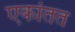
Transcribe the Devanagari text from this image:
एकांतत